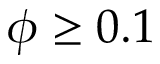
\phi \ge 0 . 1